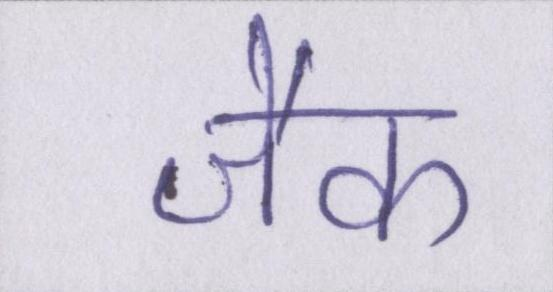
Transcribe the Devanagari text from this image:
जैक